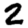
Digit: 2